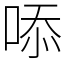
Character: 㖭